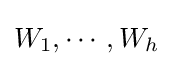
W_{1},\cdots ,W_{h}